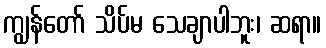
ကျွန်တော် သိပ်မ သေချာပါဘူး၊ ဆရာ။